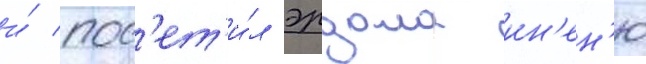
и́ пос'ет'и́л эрдала ин'ен'ю